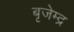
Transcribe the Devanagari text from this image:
बृजेम्द्र